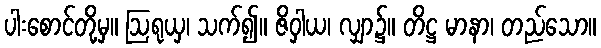
ပါးစောင်တို့မှ။ ဩရုယှ၊ သက်၍။ ဇိဝှါယ၊ လျှာ၌။ တိဋ္ဌ မာနာ၊ တည်သော။